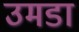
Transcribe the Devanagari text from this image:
उमडा